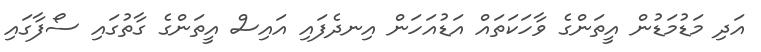
އަދި މަޑުމަޑުން އީތަންގެ ވާހަކަތައް އަޑުއަހަން އިނދެފައި އައިސް އީތަންގެ ގާތުގައި ސޯފާގައި